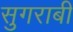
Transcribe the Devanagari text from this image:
सुगराबी